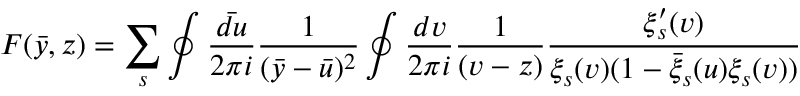
F ( \bar { y } , z ) = \sum _ { s } \oint \frac { \bar { d u } } { 2 \pi i } \frac { 1 } { ( \bar { y } - \bar { u } ) ^ { 2 } } \oint \frac { d v } { 2 \pi i } \frac { 1 } { ( v - z ) } \frac { \xi _ { s } ^ { \prime } ( v ) } { \xi _ { s } ( v ) ( 1 - \bar { \xi } _ { s } ( u ) \xi _ { s } ( v ) ) }